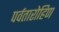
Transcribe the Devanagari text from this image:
पर्वतारोहिण